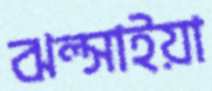
ঝল্‌সাইয়া